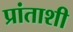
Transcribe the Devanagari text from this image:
प्रांताशी